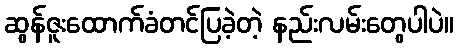
ဆွန်ဇူးထောက်ခံတင်ပြခဲ့တဲ့ နည်းလမ်းတွေပါပဲ။